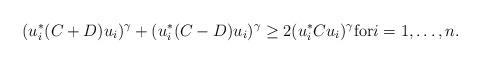
LaTeX: \begin{align*}(u_i^{*}(C+D)u_i)^{\gamma}+(u_i^{*}(C-D)u_i)^{\gamma}\geq 2(u_i^{*}Cu_i)^{\gamma}\hbox{for$i=1,\ldots, n.$}\end{align*}